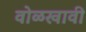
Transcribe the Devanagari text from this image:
वोळखावी